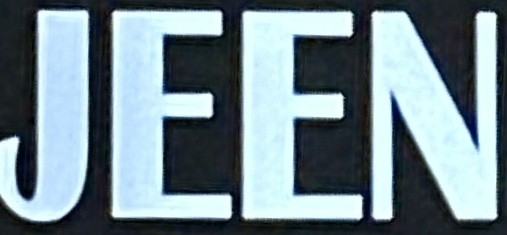
JEEN